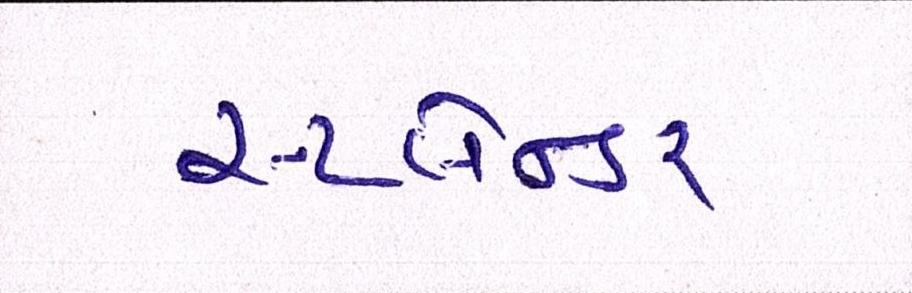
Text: સ્પ્લેન્ડર